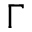
\Gamma